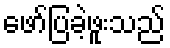
ဖော်ပြခဲ့ဖူးသည်